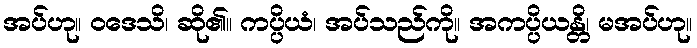
အပ်ဟု။ ဝဒေသိ၊ ဆို၏။ ကပ္ပိယံ၊ အပ်သည်ကို။ အကပ္ပိယန္တိ၊ မအပ်ဟု။